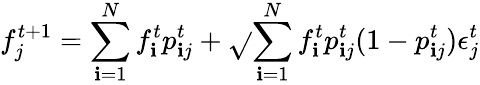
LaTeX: f_{j}^{t+1}=\sum_{\mathbf{i}=1}^{N}f_{\mathbf{i}}^{t}{p}_{\mathbf{i}j}^{t}+\sqrt{}{{\sum_{\mathbf{i}=1}^{N}f_{\mathbf{i}}^{t}{p}_{\mathbf{i}j}^{t}(1-{p}_{\mathbf{i}j}^{t})}}\epsilon_{j}^{t}